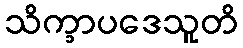
သိက္ခာပဒေသူတိ